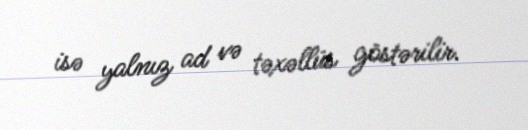
isə yalnız ad və təxəllüs göstərilir.